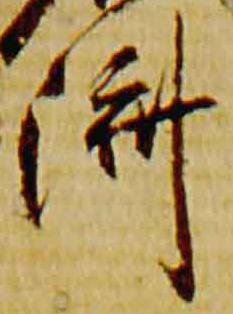
済